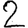
Digit: 2